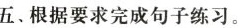
五、根据要求完成句子练习。